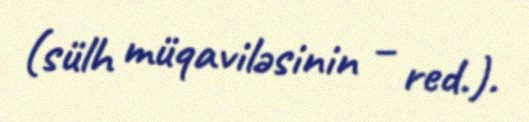
(sülh müqaviləsinin – red.).